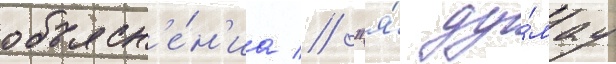
объясн'е́н'иа // "я́ ду́мау